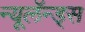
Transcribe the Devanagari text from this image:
न्यूलॅन्ड्स